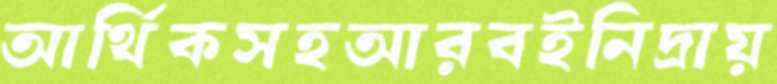
আর্থিকসহআরবইনিদ্রায়